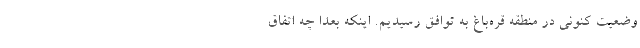
وضعیت کنونی در منطقه قره‌باغ به توافق رسیدیم. اینکه بعدا چه اتفاق